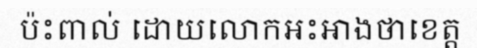
ប៉ះពាល់ ដោយលោកអះអាងថាខេត្ត